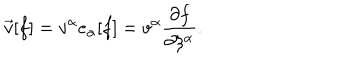
\vec { v } [ f ] = v ^ { \alpha } e _ { \alpha } [ f ] = v ^ { \alpha } \frac { \partial f } { \partial \xi ^ { \alpha } } .